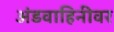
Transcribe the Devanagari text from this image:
अंडवाहिनीवर